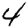
Digit: 4